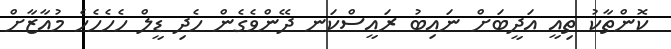
ކޮންތާކު ތިއީ އަދީބަށް ނައިބު ރައީސްކަނ ދޭންވެގެން ހެދި ޑީލް ހެހެހެހެ މުއާޒާށް